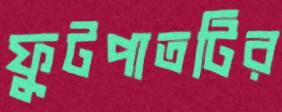
ফুটপাতটির